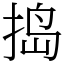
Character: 捣